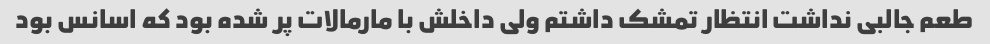
طعم جالبی نداشت انتظار تمشک داشتم ولی داخلش با مارمالات پر شده بود که اسانس بود